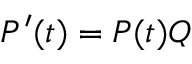
P ^ { \prime } ( t ) = P ( t ) Q